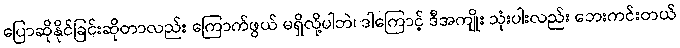
ပြောဆိုနိုင်ခြင်းဆိုတာလည်း ကြောက်ဖွယ် မရှိလို့ပါဘဲ၊ ဒါကြောင့် ဒီအကျိုး သုံးပါးလည်း ဘေးကင်းတယ်